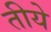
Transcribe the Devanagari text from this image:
तीये